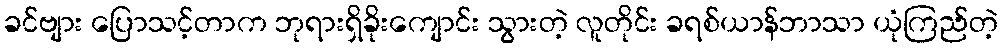
ခင်ဗျား ပြောသင့်တာက ဘုရားရှိခိုးကျောင်း သွားတဲ့ လူတိုင်း ခရစ်ယာန်ဘာသာ ယုံကြည်တဲ့